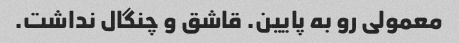
معمولی رو به پایین. قاشق و چنگال نداشت.